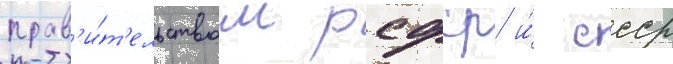
прав'и́т'ельством рсфср и́ ссср